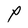
Character: P